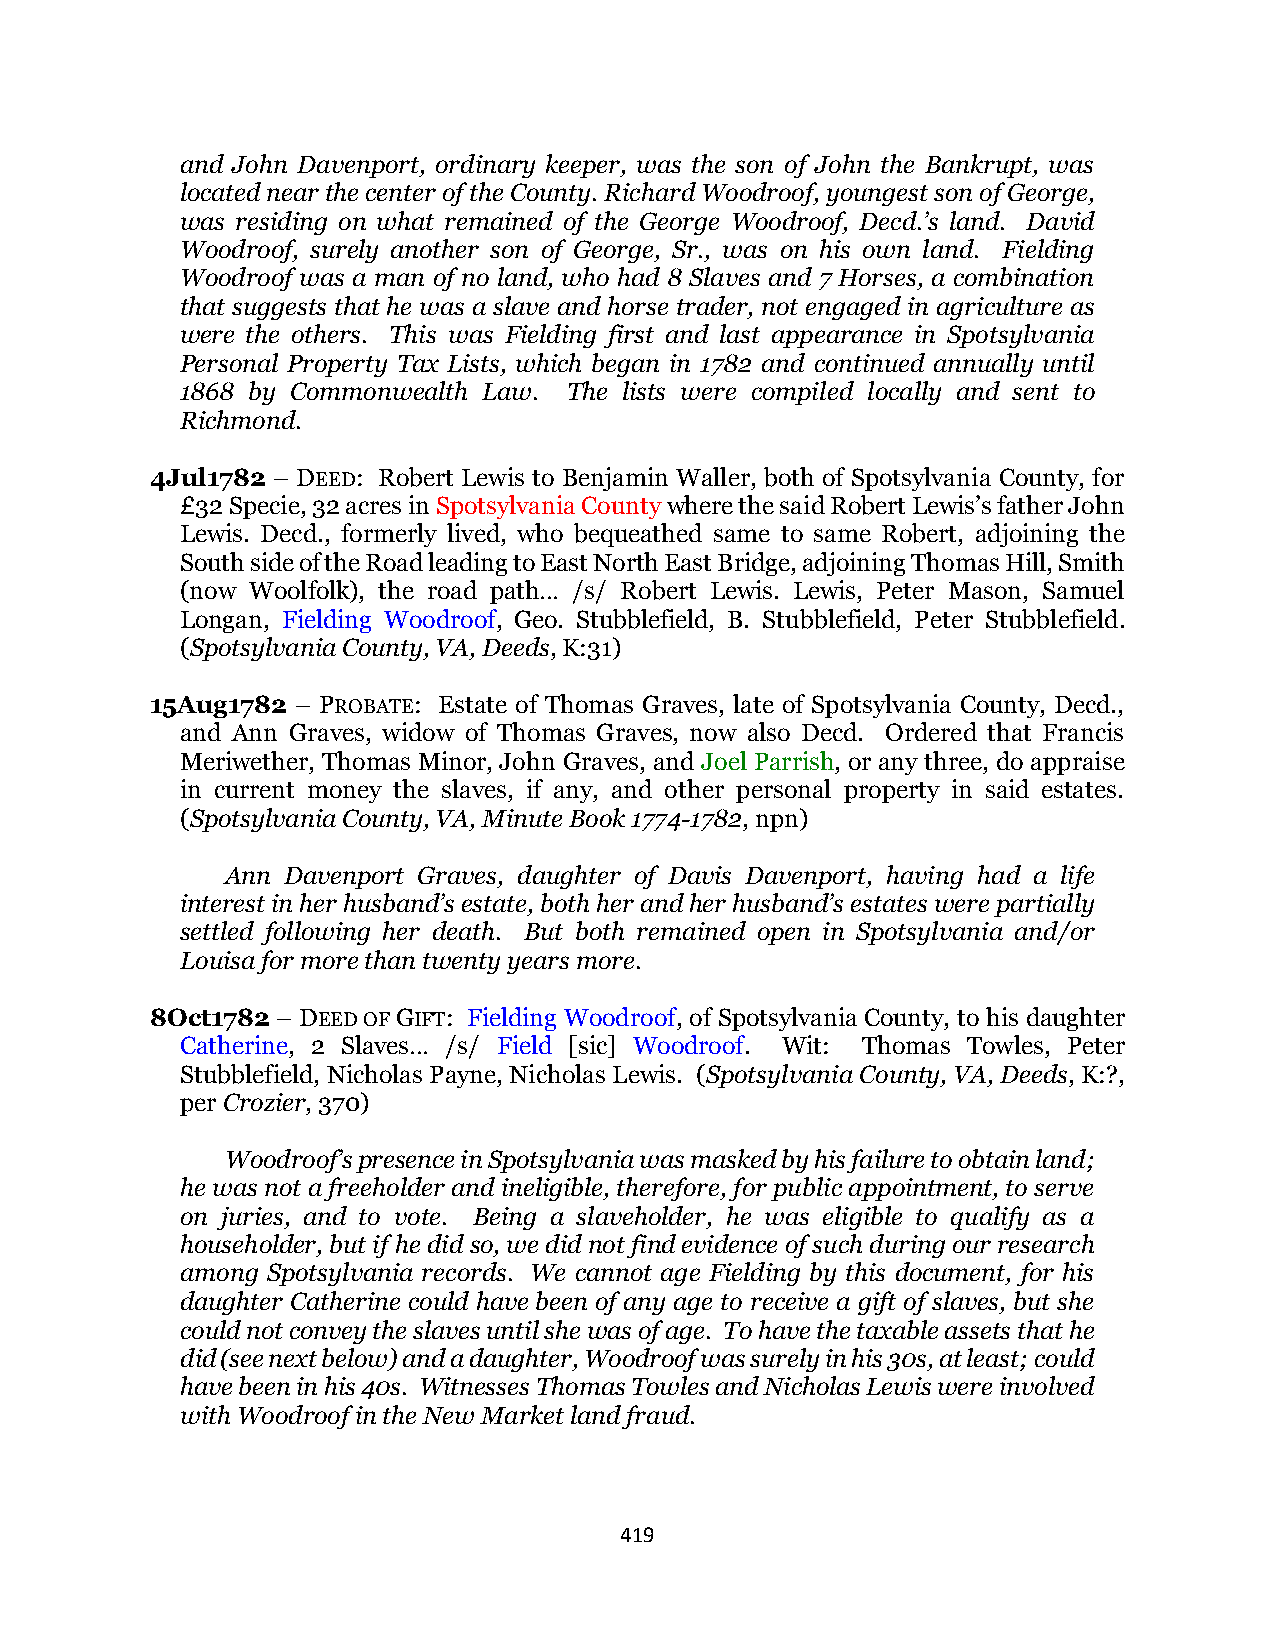
and John Davenport, ordinary keeper, was the son of John the Bankrupt, was
 located near the center of the County. Richard Woodroof, youngest son of George,
 was residing on what remained of the George Woodroof, Decd.’s land. David
 Woodroof, surely another son of George, Sr., was on his own land. Fielding
 Woodroof was a man of no land, who had 8 Slaves and 7 Horses, a combination
 that suggests that he was a slave and horse trader, not engaged in agriculture as
 were the others. This was Fielding first and last appearance in Spotsylvania
 Personal Property Tax Lists, which began in 1782 and continued annually until
 1868 by Commonwealth Law. The lists were compiled locally and sent to
 Richmond.
 4Jul1782 – DEED: Robert Lewis to Benjamin Waller, both of Spotsylvania County, for
 £32 Specie, 32 acres in Spotsylvania County where the said Robert Lewis’s father John
 Lewis. Decd., formerly lived, who bequeathed same to same Robert, adjoining the
 South side of the Road leading to East North East Bridge, adjoining Thomas Hill, Smith
 (now Woolfolk), the road path… /s/ Robert Lewis. Lewis, Peter Mason, Samuel
 Longan, Fielding Woodroof, Geo. Stubblefield, B. Stubblefield, Peter Stubblefield.
 (Spotsylvania County, VA, Deeds, K:31)
 15Aug1782 – PROBATE: Estate of Thomas Graves, late of Spotsylvania County, Decd.,
 and Ann Graves, widow of Thomas Graves, now also Decd. Ordered that Francis
 Meriwether, Thomas Minor, John Graves, and Joel Parrish, or any three, do appraise
 in current money the slaves, if any, and other personal property in said estates.
 (Spotsylvania County, VA, Minute Book 1774-1782, npn)
 Ann Davenport Graves, daughter of Davis Davenport, having had a life
 interest in her husband’s estate, both her and her husband’s estates were partially
 settled following her death. But both remained open in Spotsylvania and/or
 Louisa for more than twenty years more.
 8Oct1782 – DEED OF GIFT: Fielding Woodroof, of Spotsylvania County, to his daughter
 Catherine, 2 Slaves… /s/ Field [sic] Woodroof. Wit: Thomas Towles, Peter
 Stubblefield, Nicholas Payne, Nicholas Lewis. (Spotsylvania County, VA, Deeds, K:?,
 per Crozier, 370)
 Woodroof’s presence in Spotsylvania was masked by his failure to obtain land;
 he was not a freeholder and ineligible, therefore, for public appointment, to serve
 on juries, and to vote. Being a slaveholder, he was eligible to qualify as a
 householder, but if he did so, we did not find evidence of such during our research
 among Spotsylvania records. We cannot age Fielding by this document, for his
 daughter Catherine could have been of any age to receive a gift of slaves, but she
 could not convey the slaves until she was of age. To have the taxable assets that he
 did (see next below) and a daughter, Woodroof was surely in his 30s, at least; could
 have been in his 40s. Witnesses Thomas Towles and Nicholas Lewis were involved
 with Woodroof in the New Market land fraud.
 419